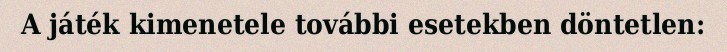
A játék kimenetele további esetekben döntetlen: